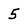
Character: 5